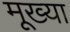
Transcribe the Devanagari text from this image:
मूख्या